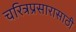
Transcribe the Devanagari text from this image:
चरित्रप्रसारासाठी